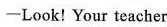
─Look!Your teacher